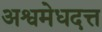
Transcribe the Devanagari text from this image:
अश्वमेधदत्त